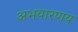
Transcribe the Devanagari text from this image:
अभयारणय